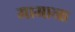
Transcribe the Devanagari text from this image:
मामाना